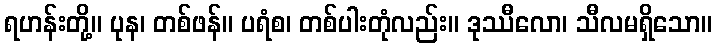
ရဟန်းတို့။ ပုန၊ တစ်ဖန်။ ပရံစ၊ တစ်ပါးတုံလည်း။ ဒုဿီလော၊ သီလမရှိသော။